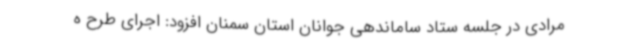
مرادی در جلسه ستاد ساماندهی جوانان استان سمنان افزود: اجرای طرح ه